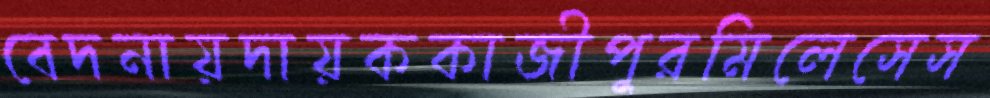
বেদনায়দায়ককাজীপুরমিলেসেস